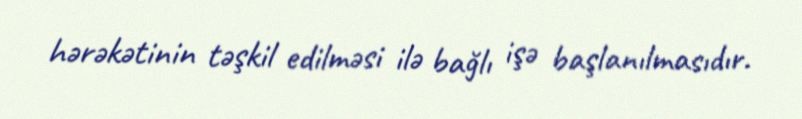
hərəkətinin təşkil edilməsi ilə bağlı işə başlanılmasıdır.